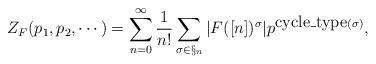
LaTeX: \begin{align*}Z_F(p_1,p_2,\cdots)=\sum_{n=0}^{\infty}\frac{1}{n!}\sum_{\sigma\in\S_n}|F([n])^\sigma|p^{\mbox{cycle\_type}(\sigma)},\end{align*}